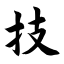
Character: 技